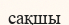
сақшы